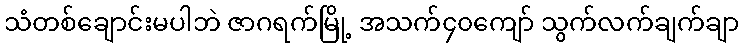
သံတစ်ချောင်းမပါဘဲ ဇာဂရက်မြို့ အသက်၄၀ကျော် သွက်လက်ချက်ချာ